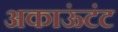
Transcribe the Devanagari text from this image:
अकाऊंटंट